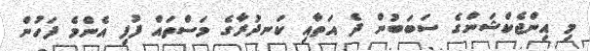
މި އިންޖެކްޝަންގެ ސަބަބުން ދެ އަތާއި ކަނދުރާގެ މަސްތައް ފުފި އެންމެ ފަހުން